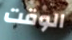
الوقت